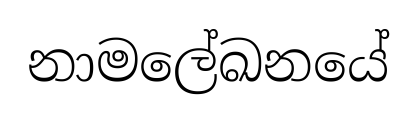
නාමලේඛනයේ